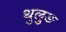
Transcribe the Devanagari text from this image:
थुलुङ